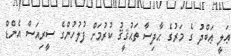
ޢަލީ ޢަބްދު ގެ މަރުގެ ޙާދިސާ ތަޙުޤީޤު ކުރުމަށް ފުލުހުންގެ ސީރިއަސް އެންޑް